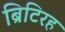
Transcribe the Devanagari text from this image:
ब्रिटिरह